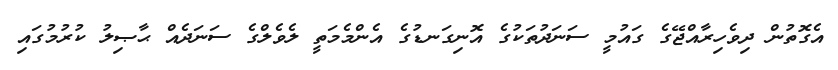
އެގޮތުން ދިވެހިރާއްޖޭގެ ގައުމީ ސަނަދުތަކުގެ އޮނިގަނޑުގެ އެންމެމަތީ ލެވެލްގެ ސަނަދެއް ޙާޞިލު ކުރުމުގައި